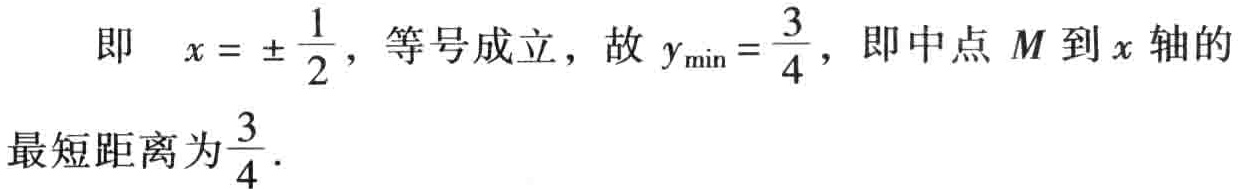
即 \(x = \pm \frac{1}{2}\)，等号成立，故 \(y_{\min}=\frac{3}{4}\)，即中点 \(M\) 到 \(x\) 轴的最短距离为\(\frac{3}{4}\)．